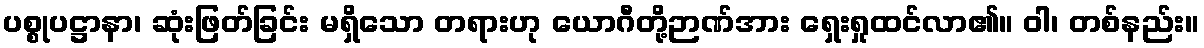
ပစ္စုပဋ္ဌာနာ၊ ဆုံးဖြတ်ခြင်း မရှိသော တရားဟု ယောဂီတို့ဉာဏ်အား ရှေးရှုထင်လာ၏။ ဝါ၊ တစ်နည်း။